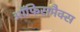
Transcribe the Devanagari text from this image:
ऑफिसमैक्स